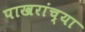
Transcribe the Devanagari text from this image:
पाखरांच्या